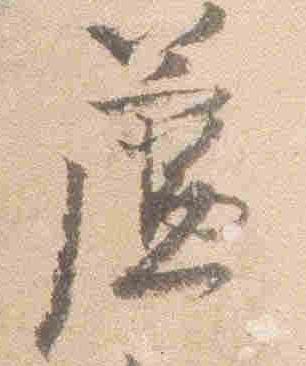
簾